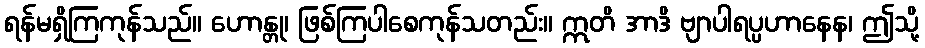
ရန်မရှိကြကုန်သည်။ ဟောန္တု၊ ဖြစ်ကြပါစေကုန်သတည်း။ ဣတိ အာဒိ ဗျာပါရပ္ပဟာနေန၊ ဤသို့